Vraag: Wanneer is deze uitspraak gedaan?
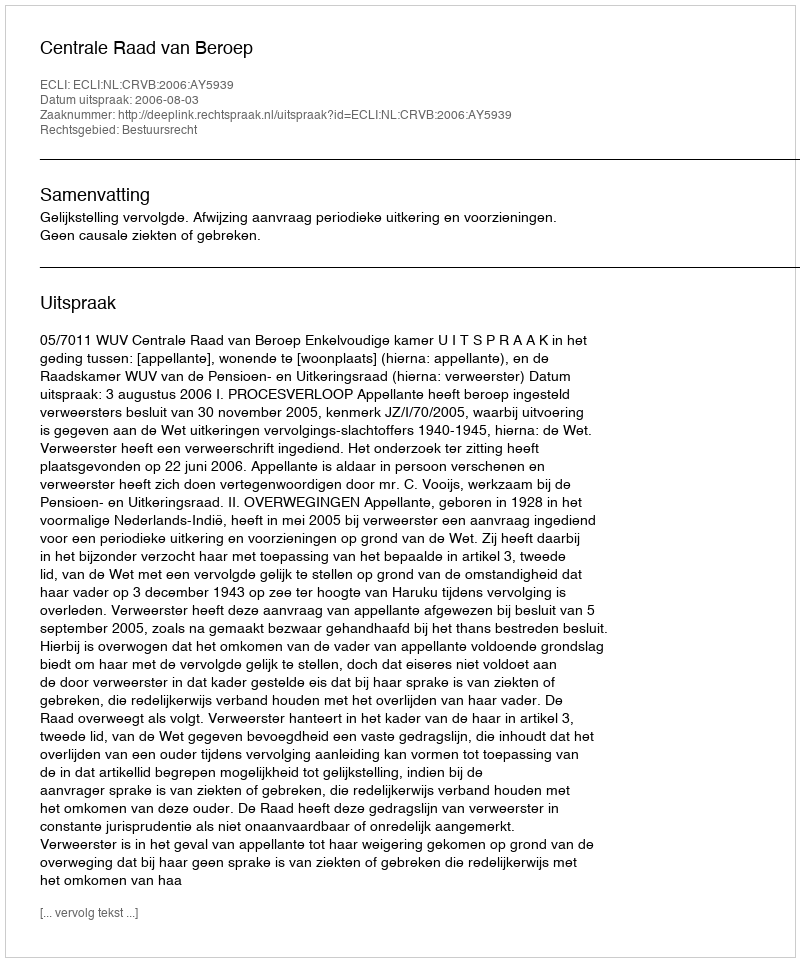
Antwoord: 2006-08-03